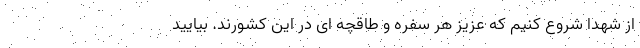
از شهدا شروع کنیم که عزیز هر سفره و طاقچه ای در این کشورند. بیایید